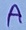
Text: A